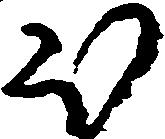
ほ